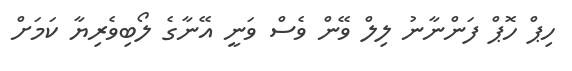
ހިޕް ހޮޕް ފަންނާނު ލިލް ވޭން ވެސް ވަނީ އޭނާގެ ލޯބިވެރިޔާ ކަމަށް